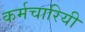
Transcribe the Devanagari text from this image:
कर्मचारियी